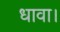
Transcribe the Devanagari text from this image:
धावा।